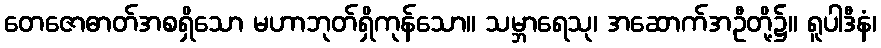
တေဇောဓာတ်အစရှိသော မဟာဘုတ်ရှိကုန်သော။ သမ္ဘာရေသု၊ အဆောက်အဦတို့၌။ ရူပါဒီနံ၊